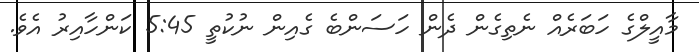
މާއީލްގެ ހަބަރެއް ނެތިގެން ދެން ހަސަންބެ ގެއިން ނުކުތީ 5:45 ކަންހާއިރު އެވެ.